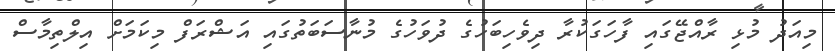
މިއަދު މުޅި ރާއްޖޭގައި ފާހަގަކުރާ ދިވެހިބަހުގެ ދުވަހުގެ މުނާސަބަތުގައި އަޝްރަފް މިކަމަށް އިލްތިމާސް